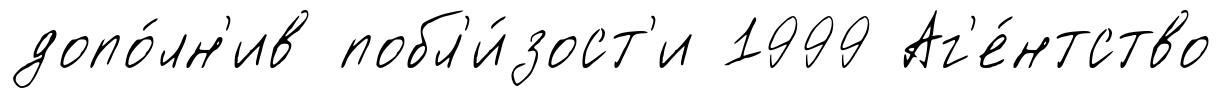
допо́лн'ив побл'и́зост'и 1999 Аг'е́нтство